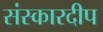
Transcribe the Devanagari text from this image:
संस्कारदीप